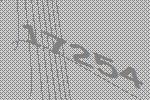
17254